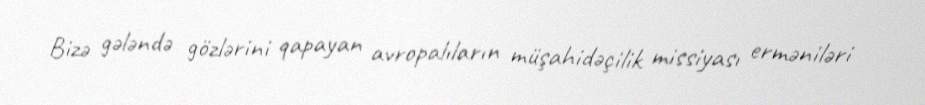
Bizə gələndə gözlərini qapayan avropalıların müşahidəçilik missiyası erməniləri